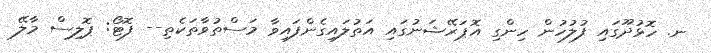
ނ. ހޮޅުދޫގައި ފުލުހުން ހިންގި އޮޕަރޭޝަނުގައި އަތުލައިގެންފައިވާ މަސްތުވާތަކެތި-- ފޮޓޯ: ޕޮލިސް މާލޭ